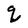
Character: q